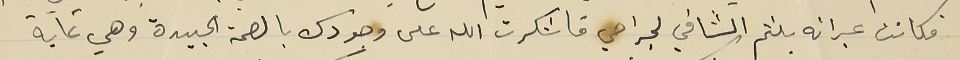
فكانت عبراته بلثم الشافي لجراحي فاشكرت الله على وجودك بالصحة الجيدة وهي غاية